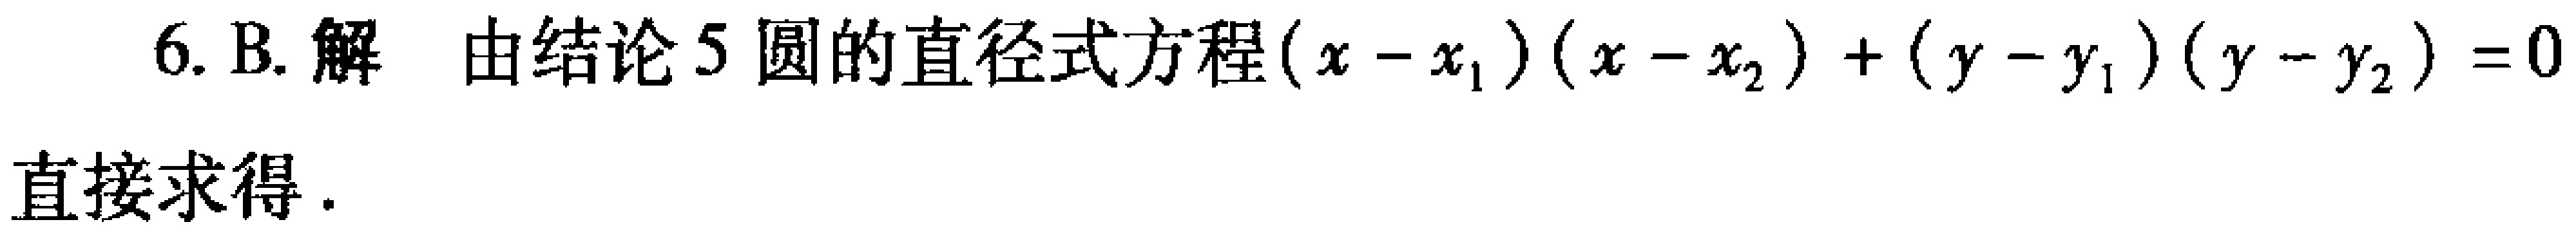
6. B. 解 由结论 5 圆的直径式方程\((x - x_1)(x - x_2)+(y - y_1)(y - y_2)=0\)直接求得.